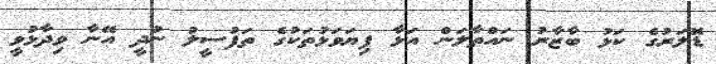
ޑޮލަރުގެ ކަޅު ބާޒާރު ނައްތާލަން އަޅާ ފިޔަވަޅުތަކުގެ ތަފުސީލު ނުދީ އޭނާ ވިދާޅުވީ